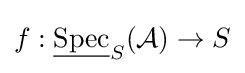
f:{\underline {\operatorname {Spec} }}_{S}({\mathcal {A}})\to S